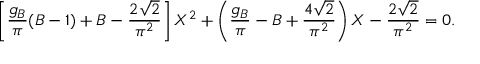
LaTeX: \left[ { \frac { g _ { B } } { \pi } } ( B - 1 ) + B - { \frac { 2 \sqrt { 2 } } { \pi ^ { 2 } } } \right] X ^ { 2 } + \left( { \frac { g _ { B } } { \pi } } - B + { \frac { 4 \sqrt { 2 } } { \pi ^ { 2 } } } \right) X - { \frac { 2 \sqrt { 2 } } { \pi ^ { 2 } } } = 0 .